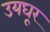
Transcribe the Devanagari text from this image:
उयघूर